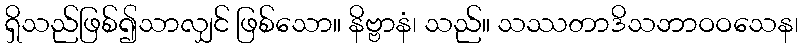
ရှိသည်ဖြစ်၍သာလျှင် ဖြစ်သော။ နိဗ္ဗာနံ၊ သည်။ သဿတာဒိသဘာဝဝသေန၊